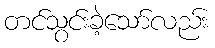
တင်သွင်းခဲ့သော်လည်း